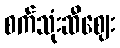
စက်သုံးဆီဈေး